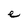
Character: e